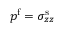
p ^ { \mathrm { f } } = \sigma _ { z z } ^ { \mathrm { s } }